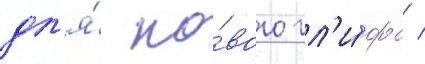
дл'я́ но́вого гл'и́фа /